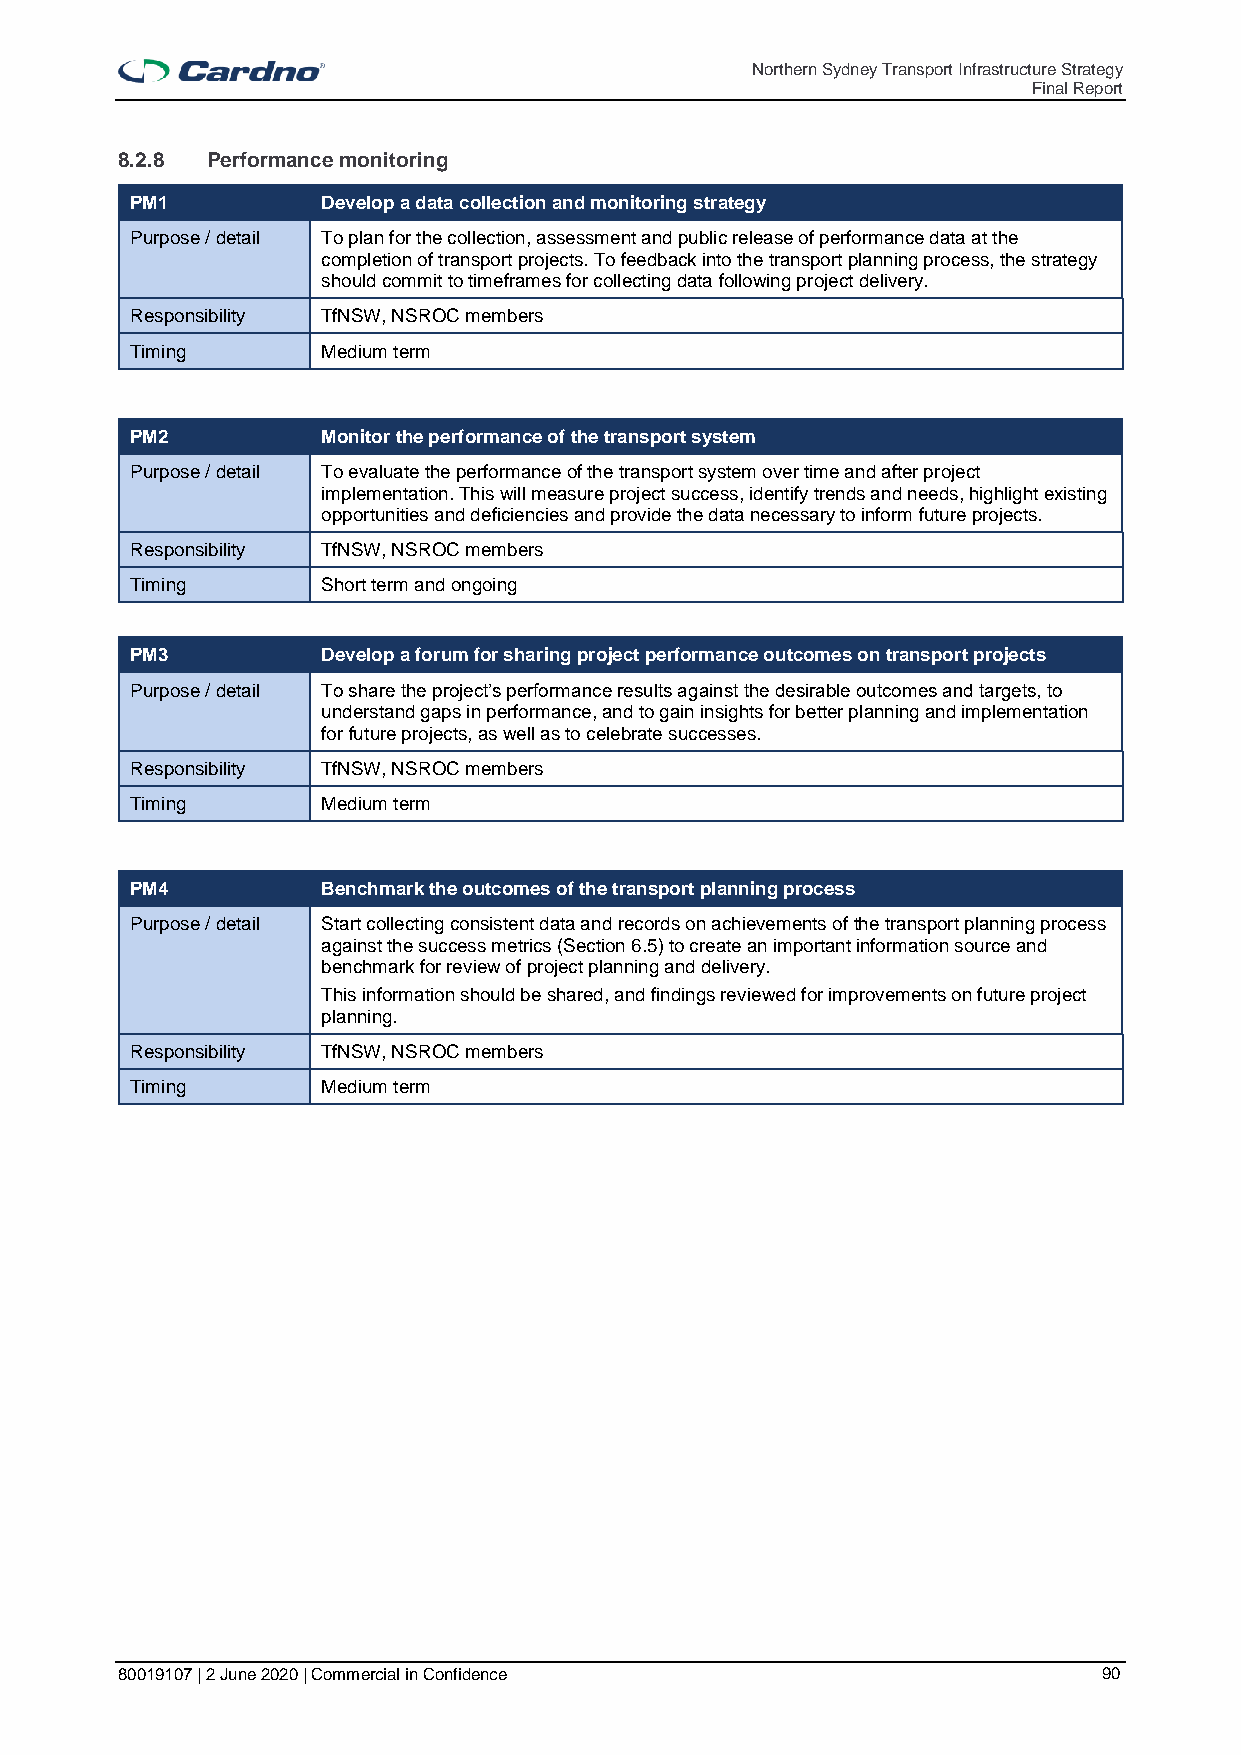
Northern Sydney Transport Infrastructure Strategy
 Final Report
 8.2.8 Performance monitoring
 PM1         Develop a data collection and monitoring strategy
 Purpose / detail To plan for the collection, assessment and public release of performance data at the
 completion of transport projects. To feedback into the transport planning process, the strategy
 should commit to timeframes for collecting data following project delivery.
 Responsibility TfNSW, NSROC members
 Timing      Medium term
 PM2         Monitor the performance of the transport system
 Purpose / detail To evaluate the performance of the transport system over time and after project
 implementation. This will measure project success, identify trends and needs, highlight existing
 opportunities and deficiencies and provide the data necessary to inform future projects.
 Responsibility TfNSW, NSROC members
 Timing      Short term and ongoing
 PM3         Develop a forum for sharing project performance outcomes on transport projects
 Purpose / detail To share the project’s performance results against the desirable outcomes and targets, to
 understand gaps in performance, and to gain insights for better planning and implementation
 for future projects, as well as to celebrate successes.
 Responsibility TfNSW, NSROC members
 Timing      Medium term
 PM4         Benchmark the outcomes of the transport planning process
 Purpose / detail Start collecting consistent data and records on achievements of the transport planning process
 against the success metrics (Section 6.5) to create an important information source and
 benchmark for review of project planning and delivery.
 This information should be shared, and findings reviewed for improvements on future project
 planning.
 Responsibility TfNSW, NSROC members
 Timing      Medium term
 80019107 | 2 June 2020 | Commercial in Confidence                90